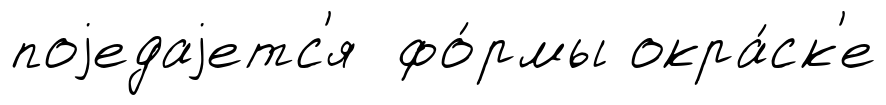
поjедаjетс'я фо́рмы окра́ск'е